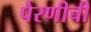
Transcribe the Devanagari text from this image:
पेरणीची